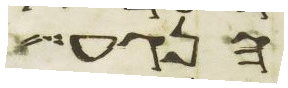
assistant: הנגע